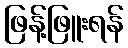
ဖြန့်ဖြူးရန်